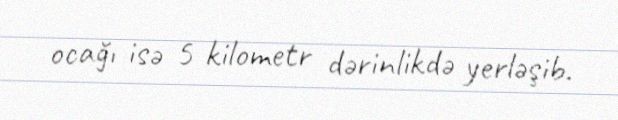
ocağı isə 5 kilometr dərinlikdə yerləşib.